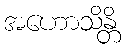
အဟောသိန္တိ